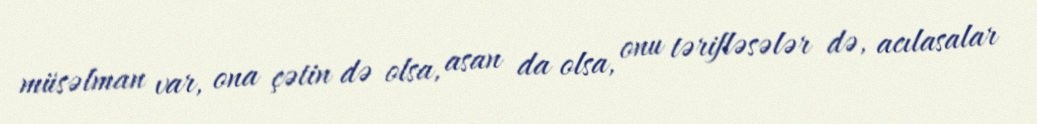
müsəlman var, ona çətin də olsa, asan da olsa, onu tərifləsələr də, acılasalar